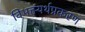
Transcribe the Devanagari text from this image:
विभक्त्यर्थप्रकरण